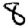
Digit: 8